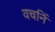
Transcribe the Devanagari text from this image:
वचनिं